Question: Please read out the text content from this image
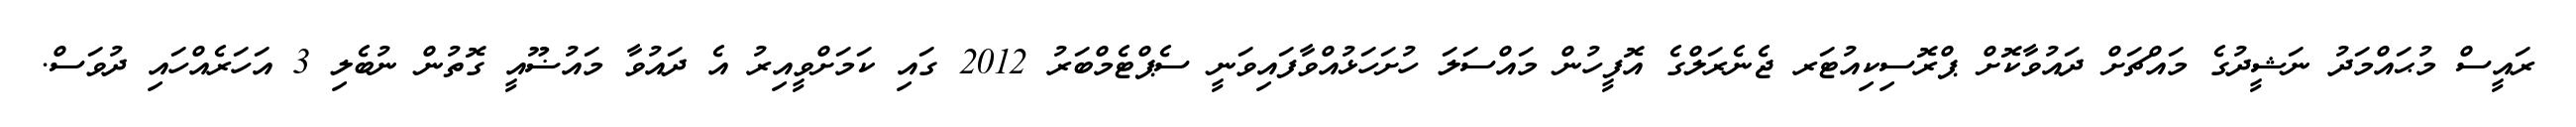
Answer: ރައީސް މުޙައްމަދު ނަޝީދުގެ މައްޗަށް ދައުވާކޮށް ޕްރޮސިކިއުޓަރ ޖެނެރަލްގެ އޮފީހުން މައްސަލަ ހުށަހަޅުއްވާފައިވަނީ ސެޕްޓެމްބަރު 2012 ގައި ކަމަށްވީއިރު އެ ދައުވާ މައުޟޫއީ ގޮތުން ނުބެލި 3 އަހަރެއްހައި ދުވަސް.